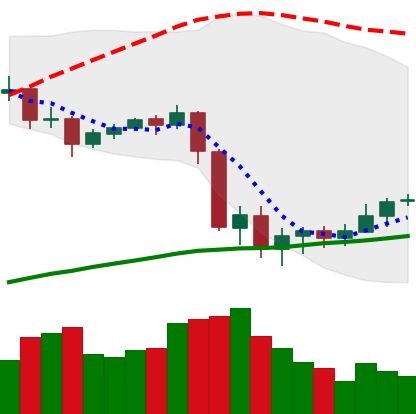
Ticker: XLM-USD
Chart end date: 2020-09-12
Forward return: -4.377%
Label: down_3_5